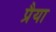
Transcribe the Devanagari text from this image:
प्रैया